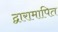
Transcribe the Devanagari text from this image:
द्वारामापित